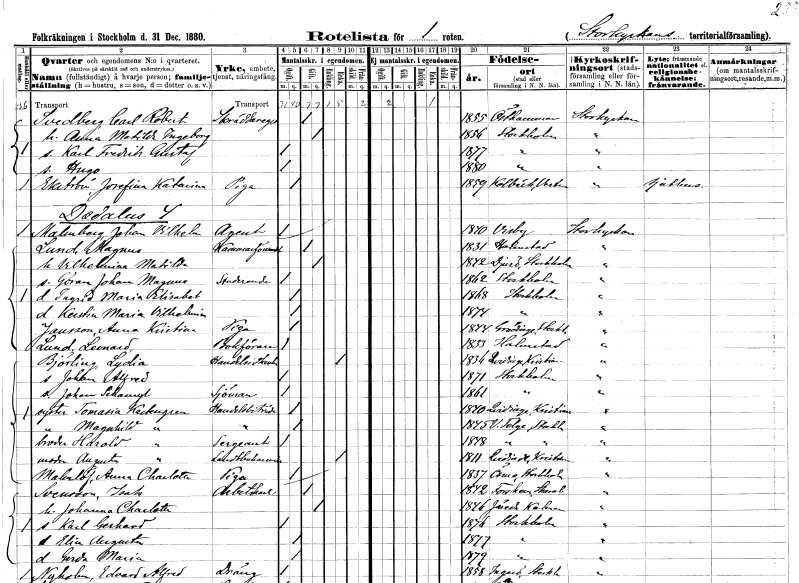
gt_parse: households: individuals: FN: Carl Robert
EN: Svedberg
YRKE: Skräddaregesäll
KON: M
CIV: G
FODAR: 1855
FODFORS: Östhammar Uppsala län
FN: Anna Matilda Ingeborg
KON: K
CIV: G
FODAR: 1856
FODFORS: Stockholm
FN: Carl Fredrik Gustaf
KON: M
CIV: O
FODAR: 1877
FODFORS: Stockholm
FN: Hugo
KON: M
CIV: O
FODAR: 1880
FODFORS: Stockholm
FN: Josefina Katarina
EN: Ekström
YRKE: Piga
KON: K
CIV: O
FODAR: 1859
FODFORS: Kolbäck Västmanlands län
FN: Johan Vilhelm
EN: Malmberg
YRKE: Agent
KON: M
CIV: O
FODAR: 1840
FODFORS: Visby Gotlands län
FN: Magnus
EN: Lund
YRKE: Kammarförvant
KON: M
CIV: G
FODAR: 1831
FODFORS: Halmstad Hallands län
FN: Vilhelmina Matilda
KON: K
CIV: G
FODAR: 1842
FODFORS: Djurö Stockholms län
FN: Göran Johan Magnus
YRKE: Studerande
KON: M
CIV: O
FODAR: 1862
FODFORS: Stockholm
FN: Ingrid Maria Elisabet
KON: K
CIV: O
FODAR: 1868
FODFORS: Stockholm
FN: Kerstin Maria Vilhelmina
KON: K
CIV: O
FODAR: 1874
FODFORS: Stockholm
FN: Anna Kristina
EN: Jansson
YRKE: Piga
KON: K
CIV: O
FODAR: 1844
FODFORS: Grödinge Stockholms län
FN: Leonard
EN: Lund
YRKE: Bokförare
KON: M
CIV: O
FODAR: 1833
FODFORS: Halmstad Hallands län
FN: Lydia
EN: Björling
YRKE: Handelsidkerska
KON: K
CIV: E
FODAR: 1836
FODFORS: Kvidinge Kristianstads län
FN: Johan Alfred
KON: M
CIV: O
FODAR: 1871
FODFORS: Stockholm
FN: Johan Sehanryl
YRKE: Sjöman
KON: M
CIV: O
FODAR: 1861
FODFORS: Stockholm
FN: Tomasia
EN: Kackugren
YRKE: Handelsbiträde
KON: K
CIV: O
FODAR: 1840
FODFORS: Kvidinge Kristianstads län
FN: Magnhild
EN: Kackugren
YRKE: Handelsbiträde
KON: K
CIV: O
FODAR: 1845
FODFORS: Västertälje Stockholms län
FN: Harald
EN: Kackugren
YRKE: Sergeant
KON: M
CIV: O
FODAR: 1848
FODFORS: Västertälje Stockholms län
FN: Augusta
EN: Kackugren
YRKE: Landtbrukareänka
KON: K
CIV: E
FODAR: 1811
FODFORS: Linderöd Kristianstads län
FN: Anna Charlotta
EN: Malmlöf
YRKE: Piga
KON: K
CIV: O
FODAR: 1837
FODFORS: Ösmo Stockholms län
FN: Isak
EN: Svensson
YRKE: Arbetskarl
KON: M
CIV: G
FODAR: 1842
FODFORS: Forshem Skaraborgs län
FN: Johanna Charlotta
KON: K
CIV: G
FODAR: 1846
FODFORS: Järeda Kalmar län